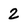
Character: 2